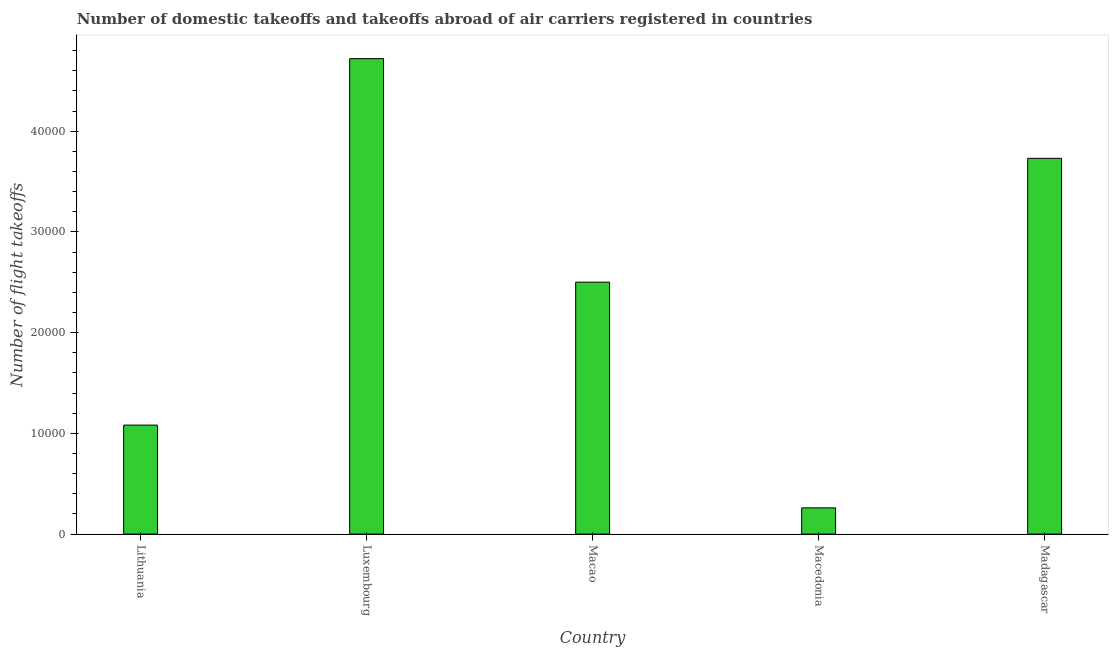
| Country | Air transport |
 | --- | --- |
 | Lithuania | 1.08e+04 |
 | Luxembourg | 4.72e+04 |
 | Macao | 2.5e+04 |
 | Macedonia | 2.60e+03 |
 | Madagascar | 3.73e+04 |